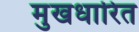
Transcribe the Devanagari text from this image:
मुखधारित